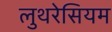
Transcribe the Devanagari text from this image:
लुथरेसियम